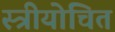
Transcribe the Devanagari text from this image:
स्त्रीयोचित